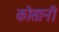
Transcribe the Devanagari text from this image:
कोसानी